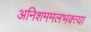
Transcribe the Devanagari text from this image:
अनिशममलभक्त्या